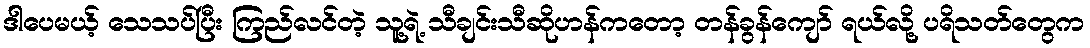
ဒါပေမယ့် သေသပ်ပြီး ကြည်လင်တဲ့ သူ့ရဲ့ သီချင်းသီဆိုဟန်ကတော့ တန်ခွန်ကျော် ရယ်လို့ ပရိသတ်တွေက